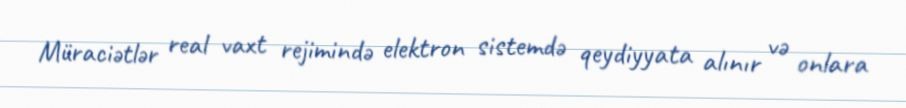
Müraciətlər real vaxt rejimində elektron sistemdə qeydiyyata alınır və onlara